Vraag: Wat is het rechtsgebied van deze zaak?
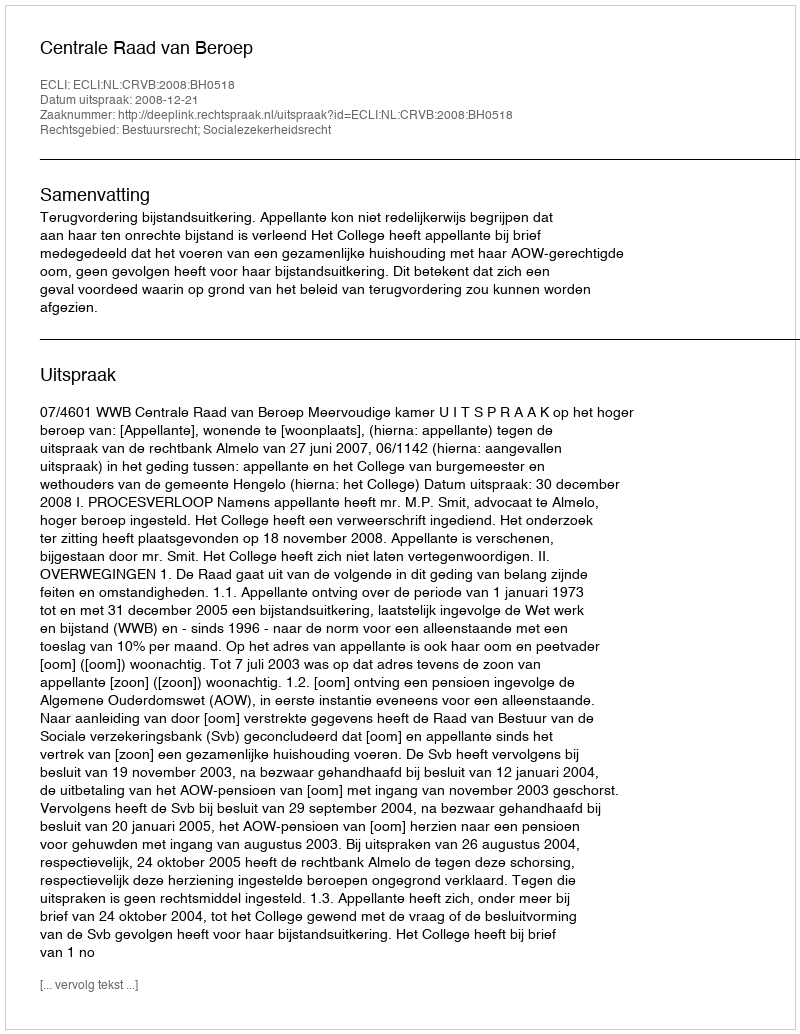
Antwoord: Bestuursrecht; Socialezekerheidsrecht